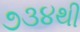
૭૩૪થી